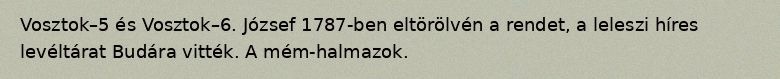
Vosztok–5 és Vosztok–6. József 1787-ben eltörölvén a rendet, a leleszi híres levéltárat Budára vitték. A mém-halmazok.